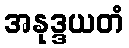
အနုဒ္ဒယတံ